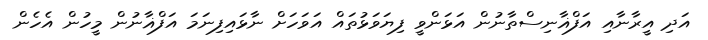
އަދި އީރާނާއި އަފްޣާނިސްތާނުން އަޅަންވީ ފިޔަވަޅުތައް އަވަހަށް ނާޅައިފިނަމަ އަފްޣާނުން މީހުން އެހެން